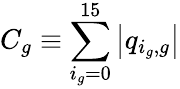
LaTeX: C_{g}\equiv\sum_{i_{g}=0}^{15}\left|q_{i_{g},g}\right|